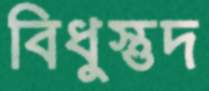
বিধুস্তুদ